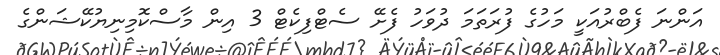
އަންނަ ފެބްރުއަކީ މަހުގެ ފުރަތަމަ ދުވަހު ފެށޭ ސެޓްފިކެޓް 3 އިން މާސްކޮމިނިޔުކޭޝަންގެ